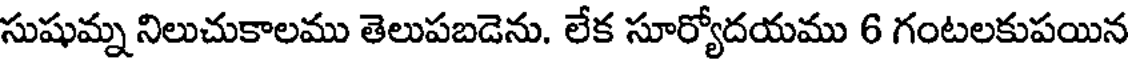
సుషుమ్న నిలుచుకాలము తెలుపబడెను. లేక సూర్యోదయము 6 గంటలకుపయిన